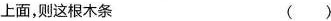
上面，则这根木条 ( )